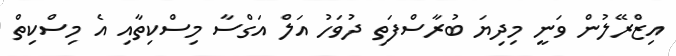
އިޒްރޭލުން ވަނީ މިިދިޔަ ބުރާސްފަތި ދުވަހު އަލް އަގްސާ މިސްކިތާއި އެ މިސްކިތް